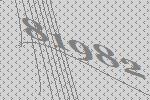
81982